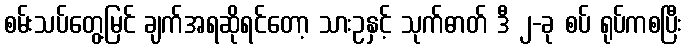
စမ်းသပ်တွေ့မြင် ချက်အရဆိုရင်တော့ သားဥနှင့် သုက်ဓာတ် ဒီ ၂-ခု စပ် ရုပ်ကစပြီး